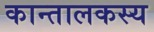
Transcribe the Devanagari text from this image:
कान्तालकस्य